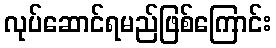
လုပ်ဆောင်ရမည်ဖြစ်ကြောင်း